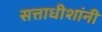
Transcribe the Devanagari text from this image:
सत्ताधीशांनी